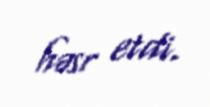
həsr etdi.